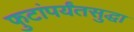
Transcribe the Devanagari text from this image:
फुटांपर्यंतसुद्धा